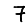
Digit: 7